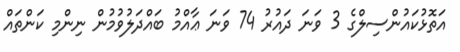
އަތޮޅުކައުންސިލްގެ 3 ވަނަ ދައުރު 74 ވަނަ ޢާއްމު ބައްދަލުވުމުން ނިންމި ކަންތައް